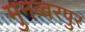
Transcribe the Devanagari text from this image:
मुनब्बरपुर